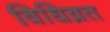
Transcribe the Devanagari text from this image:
विधिव्रत